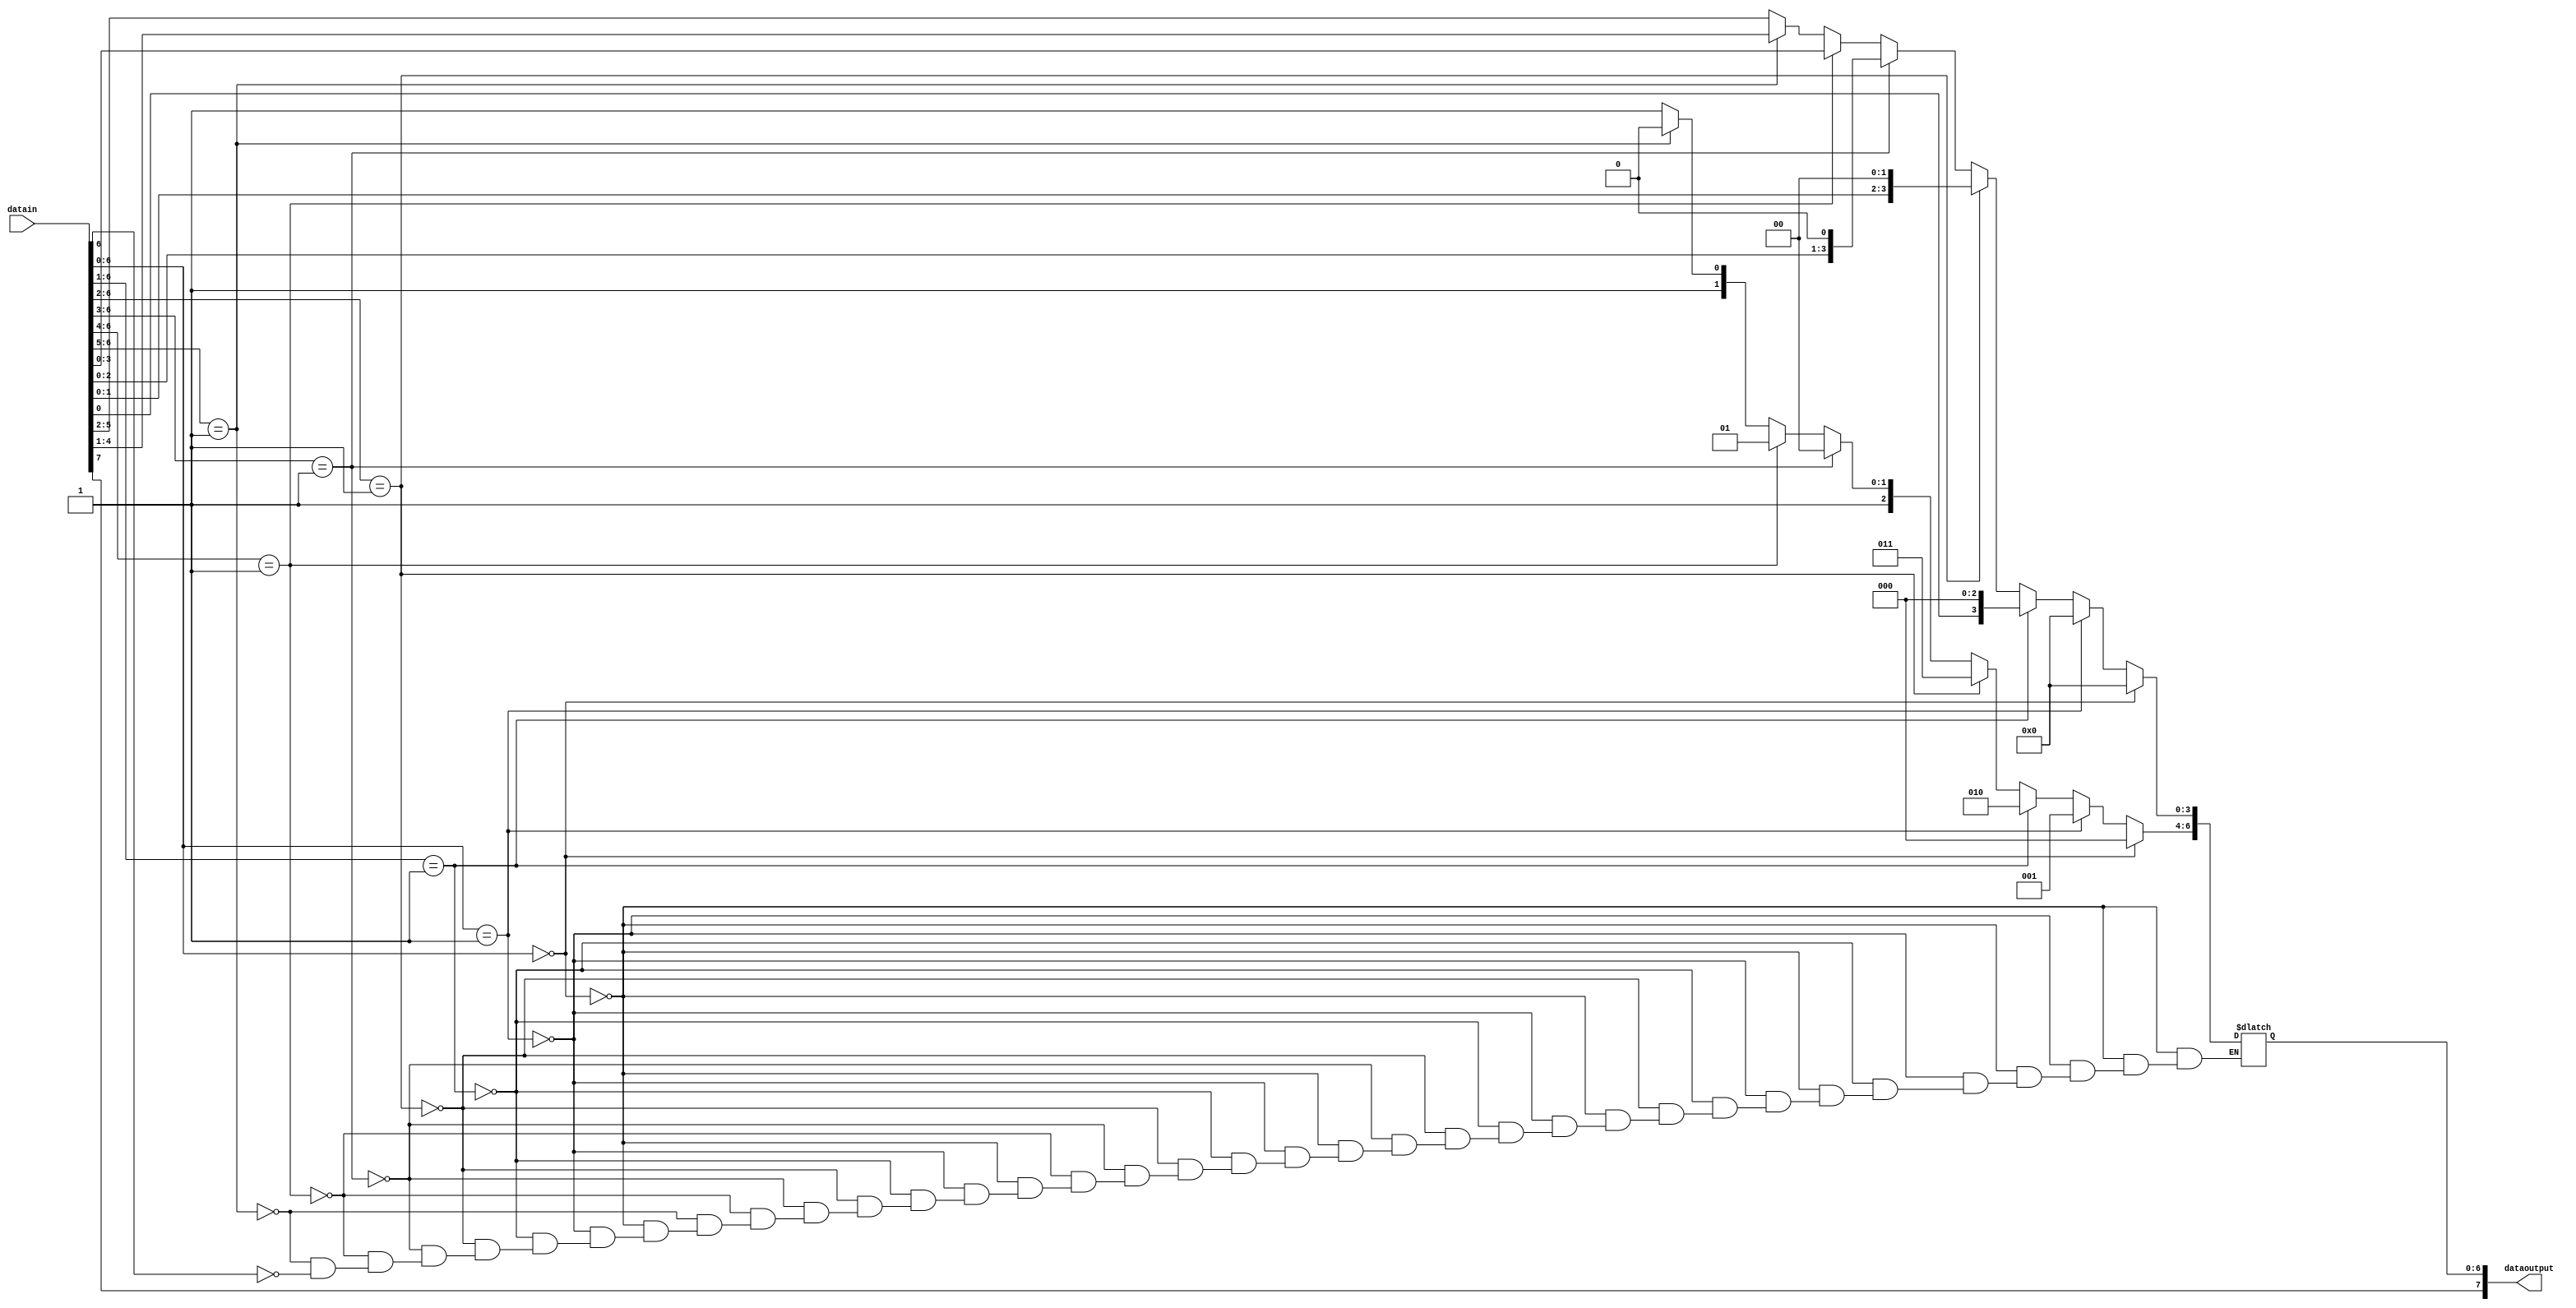
module PCMmodu(datain,dataoutput);
input wire [7:0] datain;
output reg [7:0] dataoutput;

wire [12:0] datapcm;
assign datapcm = {datain[7:0], 5'b0};

always@(*)
begin
    dataoutput[7]=datapcm[12];
    if (datapcm[11:5]==7'b0)
        begin 
            dataoutput[6:4]=3'b000; 
            dataoutput[3:0]=datapcm[4:1];
        end
    else if (datapcm[11:5]==7'b1)
        begin
            dataoutput[6:4]=3'b001;
            dataoutput[3:0]=datapcm[4:1];
        end
    else if (datapcm[11:6]==6'b1)
        begin
            dataoutput[6:4]=3'b010; 
            dataoutput[3:0]=datapcm[5:2];
        end
    else if (datapcm[11:7]==5'b1)
        begin
            dataoutput[6:4]=3'b011;
            dataoutput[3:0]=datapcm[6:3];
        end
    else if (datapcm[11:8]==4'b1)
        begin
            dataoutput[6:4]=3'b100;
            dataoutput[3:0]=datapcm[7:4];
        end
    else if (datapcm[11:9]==3'b1)
        begin
            dataoutput[6:4]=3'b101;
            dataoutput[3:0]=datapcm[8:5];
        end
    else if (datapcm[11:10]==2'b1)
        begin
            dataoutput[6:4]=3'b110;
            dataoutput[3:0]=datapcm[9:6];
        end
    else if (datapcm[11]==1'b1)
        begin
            dataoutput[6:4]=3'b111;
            dataoutput[3:0]=datapcm[10:7];
        end
end

endmodule


module PCMdemo(dataouttopcm, dataout);
input [7:0] dataouttopcm;
reg [12:0] linearoutput;
output reg [7:0] dataout;

always@(*)
begin
    linearoutput[12] =dataouttopcm[7];
    case (dataouttopcm[6:4])
        3'b000: 
        begin
            linearoutput[11:5] =7'b0;
            linearoutput[4:1] =dataouttopcm[3:0];
            linearoutput[0] =1'b1;
        end
        3'b001: 
        begin
            linearoutput[11:5] =7'b1;
            linearoutput[4:1] =dataouttopcm[3:0];
            linearoutput[0] =1'b1;
        end
        3'b010:
        begin
            linearoutput[11:6]=6'b1;
            linearoutput[5:2]=dataouttopcm[3:0];
            linearoutput[1:0]=2'b10;
        end    
        3'b011:
        begin
            linearoutput[11:7]=5'b1;
            linearoutput[6:3]=dataouttopcm[3:0];
            linearoutput[2:0]=3'b100;
        end
        3'b100:
        begin
            linearoutput[11:8]=4'b1;
            linearoutput[7:4]=dataouttopcm[3:0];
            linearoutput[3:0]=4'b1000;
        end
        3'b101:
        begin
            linearoutput[11:9]=3'b1;
            linearoutput[8:5]=dataouttopcm[3:0];
            linearoutput[4:0]=5'b10000;
        end
        3'b110:
        begin
            linearoutput[11:10]=2'b1;
            linearoutput[9:6]=dataouttopcm[3:0];
            linearoutput[5:0]=6'b100000;
        end
        3'b111:
        begin
            linearoutput[11] = 1'b1;
            linearoutput[10:7]=dataouttopcm[3:0];
            linearoutput[6:0]=7'b1000000;
        end
    endcase
    dataout[7:0]=linearoutput[12:5];
end

endmodule